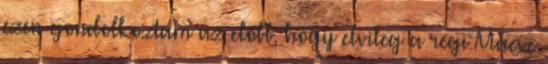
ezen gondolkoztam az előbb, hogy elvileg a régi Maeve